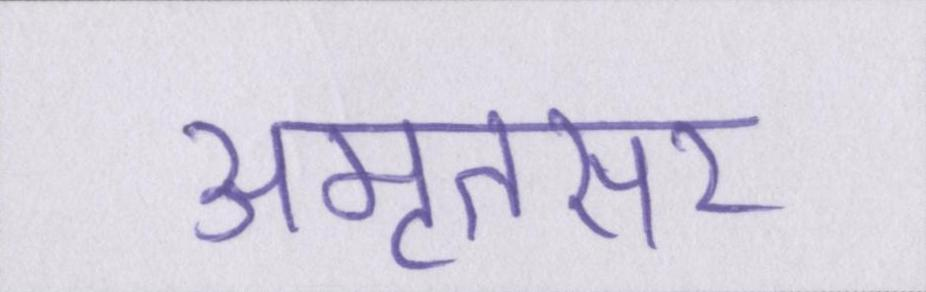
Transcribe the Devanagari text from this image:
अमृतसर